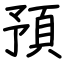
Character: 預